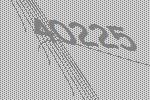
40225